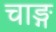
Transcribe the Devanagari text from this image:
चाङ्ग